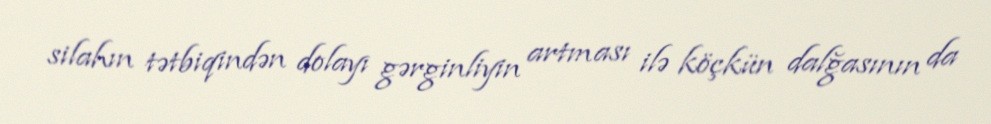
silahın tətbiqindən dolayı gərginliyin artması ilə köçkün dalğasının da